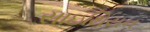
સાઇથિયન